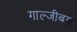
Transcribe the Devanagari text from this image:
गाल्जीबग